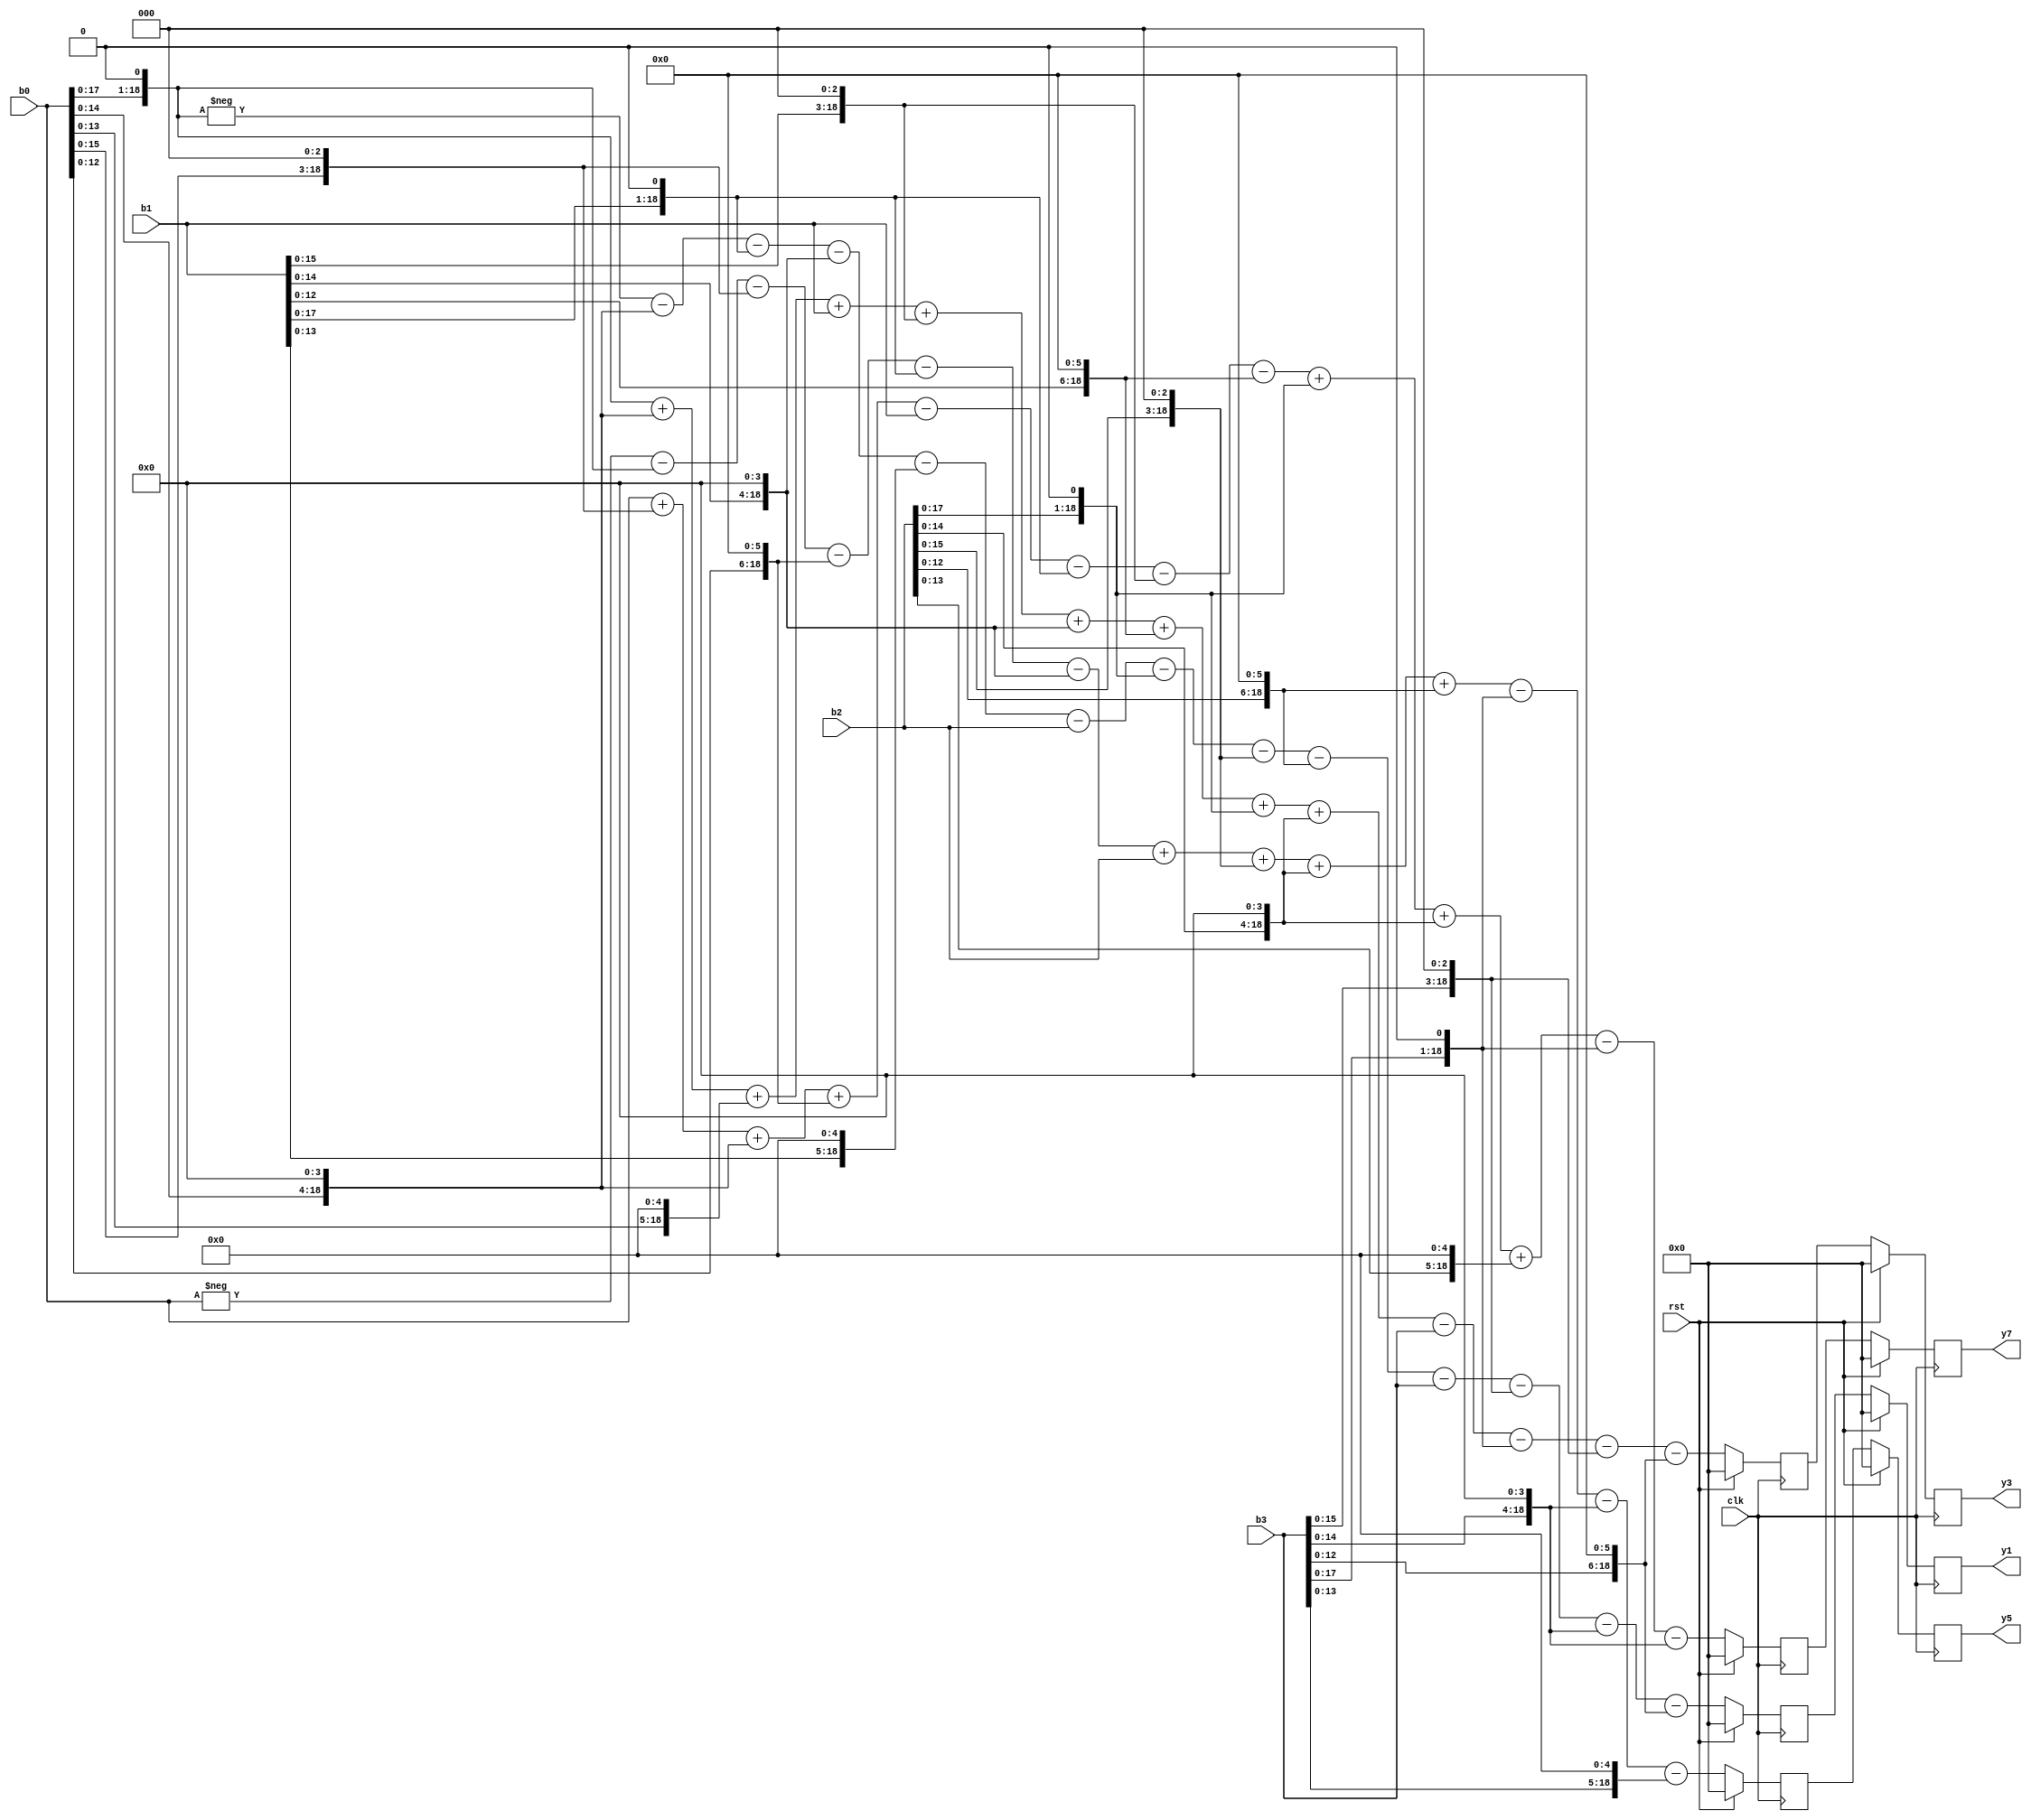
module shift_add8
#(
parameter	WIDTH = 19
)
(
	input wire clk,rst,
	input wire signed[WIDTH-1:0] b0,
	input wire signed[WIDTH-1:0] b1,
	input wire signed[WIDTH-1:0] b2,
	input wire signed[WIDTH-1:0] b3,
	output reg signed[WIDTH-1:0] y1,
	output reg signed[WIDTH-1:0] y3,
	output reg signed[WIDTH-1:0] y5,
	output reg signed[WIDTH-1:0] y7
);
	wire signed [WIDTH-1:0] y1_d;
	wire signed [WIDTH-1:0] y3_d;
	wire signed [WIDTH-1:0] y5_d;
	wire signed [WIDTH-1:0] y7_d;
	
	reg signed [WIDTH-1:0] temp [3:0];
	reg signed [WIDTH-1:0] temp_next [3:0];
	integer ROW;
	
	
	always @ (posedge clk)
	begin
//		if(!rst_b) begin
		if(rst) begin
				y1 <= 0;
				y3 <= 0;
				y5 <= 0;
				y7 <= 0;
				
				for(ROW=0;ROW<4;ROW=ROW+1)begin
						temp[ROW] <= 0;
				end
		end
		else begin
				y1 <= temp[0];
				y3 <= temp[1];
				y5 <= temp[2];
				y7 <= temp[3];
				
				for(ROW=0;ROW<4;ROW=ROW+1)begin
						temp[ROW] <= temp_next[ROW];
				end
				
		end
	end
	
	always @(*) begin
		
		
		temp_next[0] = y1_d;
		temp_next[1] = y3_d;
		temp_next[2] = y5_d;
		temp_next[3] = y7_d;
		
		
	end
	
	assign y1_d = -{b0,1'b0}-{b0,4'b0000}-{b1,1'b0}-{b1,4'b0000}-{b1,5'b00000}-b2-{b2,1'b0}-{b2,3'b000}-{b2,6'b000000}-b3-{b3,3'b000}-{b3,4'b0000}-{b3,6'b000000};

	assign y3_d = {b0,1'b0}+{b0,4'b0000}+{b0,5'b00000}+b1+{b1,3'b000}+{b1,4'b0000}+{b1,6'b000000}+{b2,1'b0}+{b2,4'b0000}-b3-{b3,1'b0}-{b3,3'b000}-{b3,6'b000000};

	assign y5_d = -b0-{b0,1'b0}-{b0,3'b000}-{b0,6'b000000}-{b1,1'b0}-{b1,4'b0000}+b2+{b2,3'b000}+{b2,4'b0000}+{b2,6'b000000}-{b3,1'b0}-{b3,4'b0000}-{b3,5'b00000};

	assign y7_d = b0+{b0,3'b000}+{b0,4'b0000}+{b0,6'b000000}-b1-{b1,1'b0}-{b1,3'b000}-{b1,6'b000000}+{b2,1'b0}+{b2,4'b0000}+{b2,5'b00000}-{b3,1'b0}-{b3,4'b0000};

endmodule